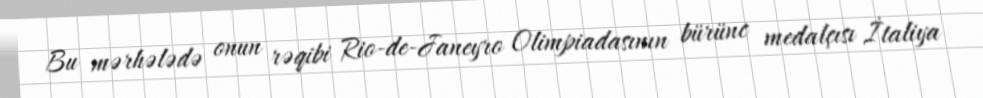
Bu mərhələdə onun rəqibi Rio-de-Janeyro Olimpiadasının bürünc medalçısı İtaliya